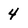
Character: 4